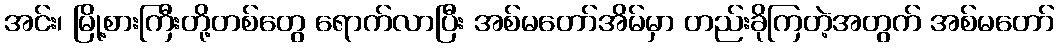
အင်း၊ မြို့စားကြီးတို့တစ်တွေ ရောက်လာပြီး အစ်မတော်အိမ်မှာ တည်းခိုကြတဲ့အတွက် အစ်မတော်